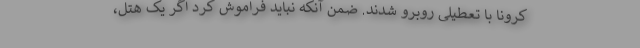
کرونا با تعطیلی روبرو شدند. ضمن آنکه نباید فراموش کرد اگر یک هتل،